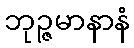
ဘုဉ္ဇမာနာနံ